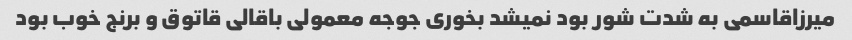
میرزاقاسمی به شدت شور بود نمیشد بخوری جوجه معمولی باقالی قاتوق و برنج خوب بود